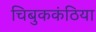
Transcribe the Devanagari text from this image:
चिबुककंठिया